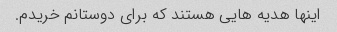
اینها هدیه هایی هستند که برای دوستانم خریدم.